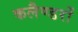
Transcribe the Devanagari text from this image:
कलैण्डरों